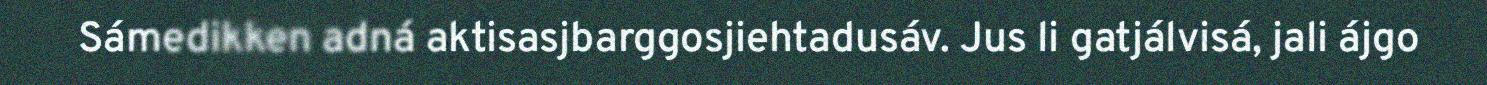
Sámedikken adná aktisasjbarggosjiehtadusáv. Jus li gatjálvisá, jali ájgo